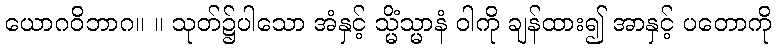
ယောဂဝိဘာဂ။ ။ သုတ်၌ပါသော အံနှင့် သ္မိံသ္မာနံ ဝါကို ချန်ထား၍ အာနှင့် ပတောကို